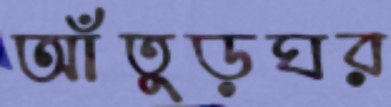
আঁতুড়ঘর